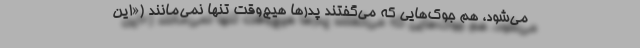
می‌شود، هم جوک‌هایی که می‌گفتند پدرها هیچ‌وقت تنها نمی‌مانند («این